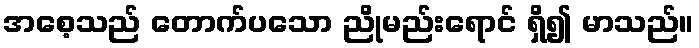
အစေ့သည် တောက်ပသော ညိုမည်းရောင် ရှိ၍ မာသည်။